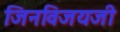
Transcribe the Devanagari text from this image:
जिनविजयजी